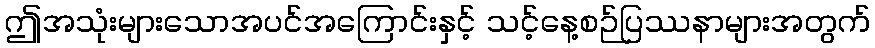
ဤအသုံးများသောအပင်အကြောင်းနှင့် သင့်နေ့စဉ်ပြဿနာများအတွက်